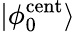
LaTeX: |\phi_{0}^{\mathrm{cent}}\rangle